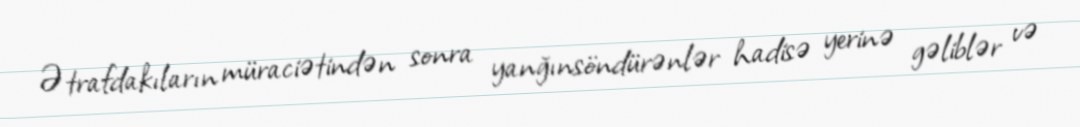
Ətrafdakıların müraciətindən sonra yanğınsöndürənlər hadisə yerinə gəliblər və